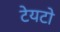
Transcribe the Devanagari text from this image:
टेयटो